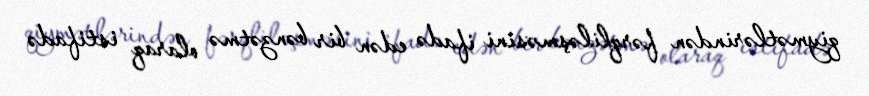
qiymətlərindən fərqliləşməsini ifadə edən bir bənzətmə olaraq istifadə